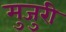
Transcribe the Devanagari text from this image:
मुजुरी